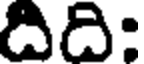
దిది: